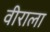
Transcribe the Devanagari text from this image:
वीराला